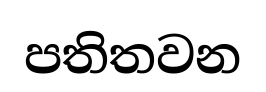
පතිතවන